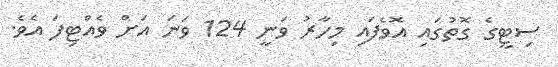
ސިޓީގެ ގޮތުގައި އޮވެފައި މިހާރު ވަނީ 124 ވަނަ އަށް ވެއްޓިފަ އެވެ.